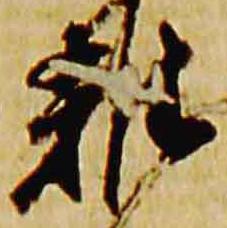
雑